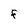
Character: F